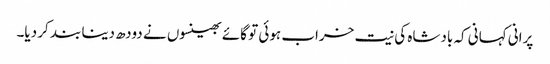
پرانی کہانی کہ بادشاہ کی نیت خراب ہوئی تو گائے بھینسوں نے دودھ دینا بند کر دیا۔